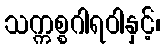
သက္ကစ္စဂါရဝါနှင့်၊